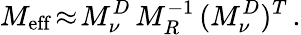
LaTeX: M_{\mathrm{eff}}\! \approx\! M_{\nu}^{D}\, M_{R}^{-1}\, (M_{\nu}^{D})^{T}\, .